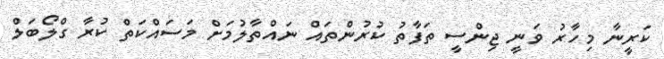
ކަރީނާ މިހާރު ވަނީ ޖިންސީ ތަފާތު ކުރުންތައް ނައްތާލުމަށް މަސައްކަތް ކުރާ ގްލޯބަލް